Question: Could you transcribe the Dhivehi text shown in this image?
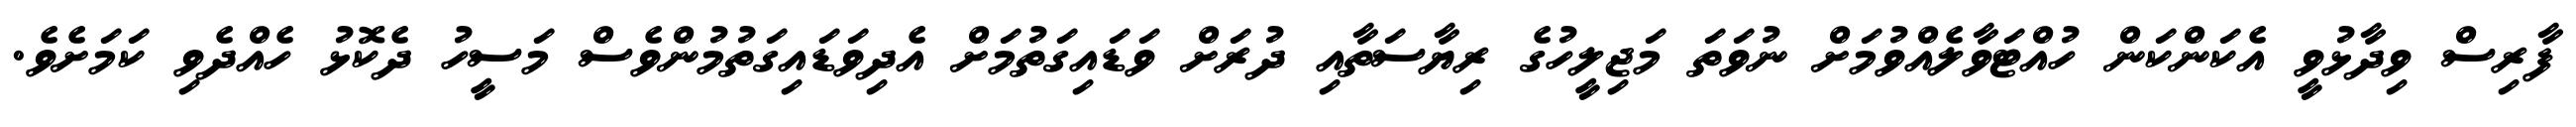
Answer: ފާރިސް ވިދާޅުވީ އެކަންކަން ހުއްޓަވާލެއްވުމަށް ނުވަތަ މަޖިލީހުގެ ރިޔާސަތާއި ދުރަށް ވަޑައިގަތުމަށް އެދިވަޑައިގަތުމުންވެސް މަސީހު ދެކޮޅު ހެއްދެވި ކަމަށެވެ.